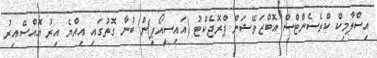
އިސްލާމިކް ކްރެސެންޓްސް އޮބްޒަވޭޝަން ޕްރޮޖެކްޓު (އައިސީއޯޕީ)ން ބުނާ ގޮތުގައި އިއްޔެ އިރު އޮއްސޭއިރު